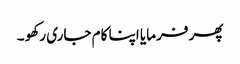
پھر فرمایا اپنا کام جاری رکھو ۔